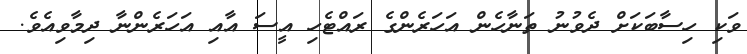
ވަކި ހިސާބަކަށް ދެވުނު ތަނާހެން އަހަރެންގެ ރައްޓެހި އީސަ އާއި އަހަރެންނާ ދިމާވިއެވެ.